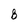
Character: 8